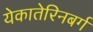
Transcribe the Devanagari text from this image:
येकातेरिनबर्ग